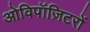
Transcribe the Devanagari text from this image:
ओविपॉज़िटरों